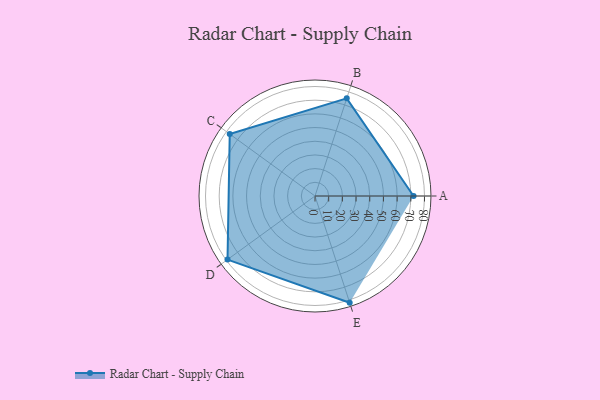
{"axis": {"x": "Skill", "y": "Score"}, "legend": ["Profile"], "data": [{"x": "A", "y": 72.0, "type": "Profile"}, {"x": "B", "y": 75.0, "type": "Profile"}, {"x": "C", "y": 77.0, "type": "Profile"}, {"x": "D", "y": 79.0, "type": "Profile"}, {"x": "E", "y": 82.0, "type": "Profile"}]}